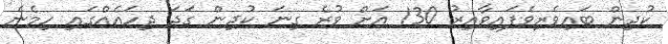
ކުދިން ބައިވެރިވެފައިވާއިރު 130 އަށް ވުރެ ގިނަ ކުދިން ގަދަ ދިހައެއްގައި ހިމެނެ